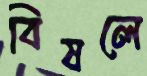
বিষলে